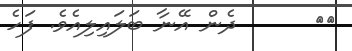
٥٥      ދެން އޭނާ ބަލައިލިއެވެ. ފަހެ